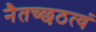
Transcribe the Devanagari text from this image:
नैतच्छठत्वं